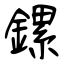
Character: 鏍